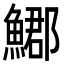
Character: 𩺐